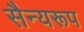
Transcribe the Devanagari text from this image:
सैन्यरूप